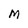
Character: M